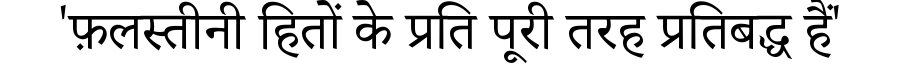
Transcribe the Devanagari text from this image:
'फ़लस्तीनी हितों के प्रति पूरी तरह प्रतिबद्ध हैं'